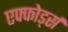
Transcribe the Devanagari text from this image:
एफ्फोर्ड्स